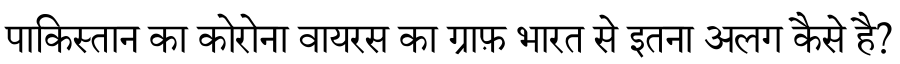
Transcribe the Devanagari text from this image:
पाकिस्तान का कोरोना वायरस का ग्राफ़ भारत से इतना अलग कैसे है?